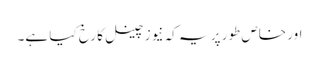
اور خاص طور پر یہ کہ نیوز چینل کا رخ کیا ہے۔